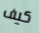
كيف